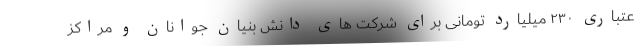
عتباری ۲۳۰ میلیارد تومانی برای شرکت های دانش بنیان جوانان و مراکز